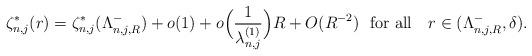
LaTeX: \begin{align*}\begin{aligned} \zeta_{n,j}^*(r) =\zeta_{n,j}^*(\Lambda_{n,j,R}^{-})+o(1)+o\Big(\frac{1}{ \lambda_{n,j}^{(1)}}\Big)R+O({R^{-2}}) \ \ \textrm{for all } \ \ r\in (\Lambda_{n,j,R}^{-}, {\delta}).\end{aligned}\end{align*}